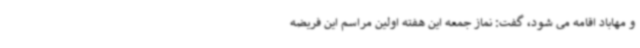
و مهاباد اقامه می شود، گفت: نماز جمعه این هفته اولین مراسم این فریضه